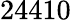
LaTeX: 24410